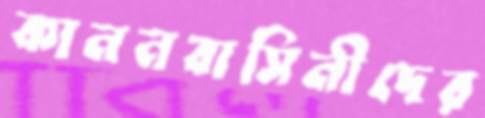
কাননবাসিনীদের